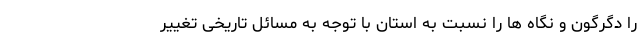
را دگرگون و نگاه ها را نسبت به استان با توجه به مسائل تاریخی تغییر